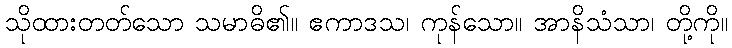
သိုထားတတ်သော သမာဓိ၏။ ဧကာဒသ၊ ကုန်သော။ အာနိသံသာ၊ တို့ကို။